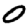
Digit: 0